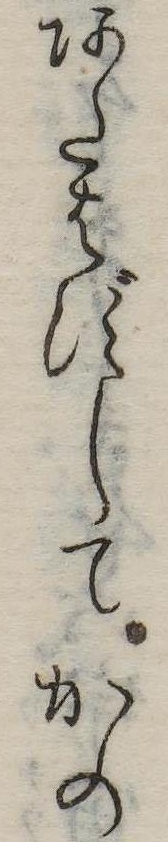
あたはずしてかの